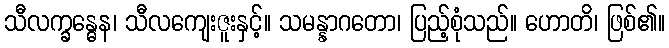
သီလက္ခန္ဓေန၊ သီလကျေးဇူးနှင့်။ သမန္နာဂတော၊ ပြည့်စုံသည်။ ဟောတိ၊ ဖြစ်၏။